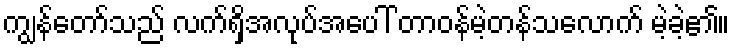
ကျွန်တော်သည် လက်ရှိအလုပ်အပေါ် တာဝန်မဲ့တန်သလောက် မဲ့ခဲ့၏။